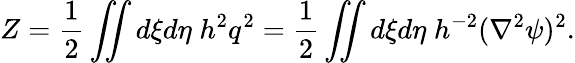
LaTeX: Z=\frac{1}{2}\iint d\xi d\eta\; h^{2}q^{2}=\frac{1}{2}\iint d\xi d\eta\; h^{-2}(\nabla^{2}\psi)^{2}.